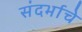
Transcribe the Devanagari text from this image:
संदर्भाचे